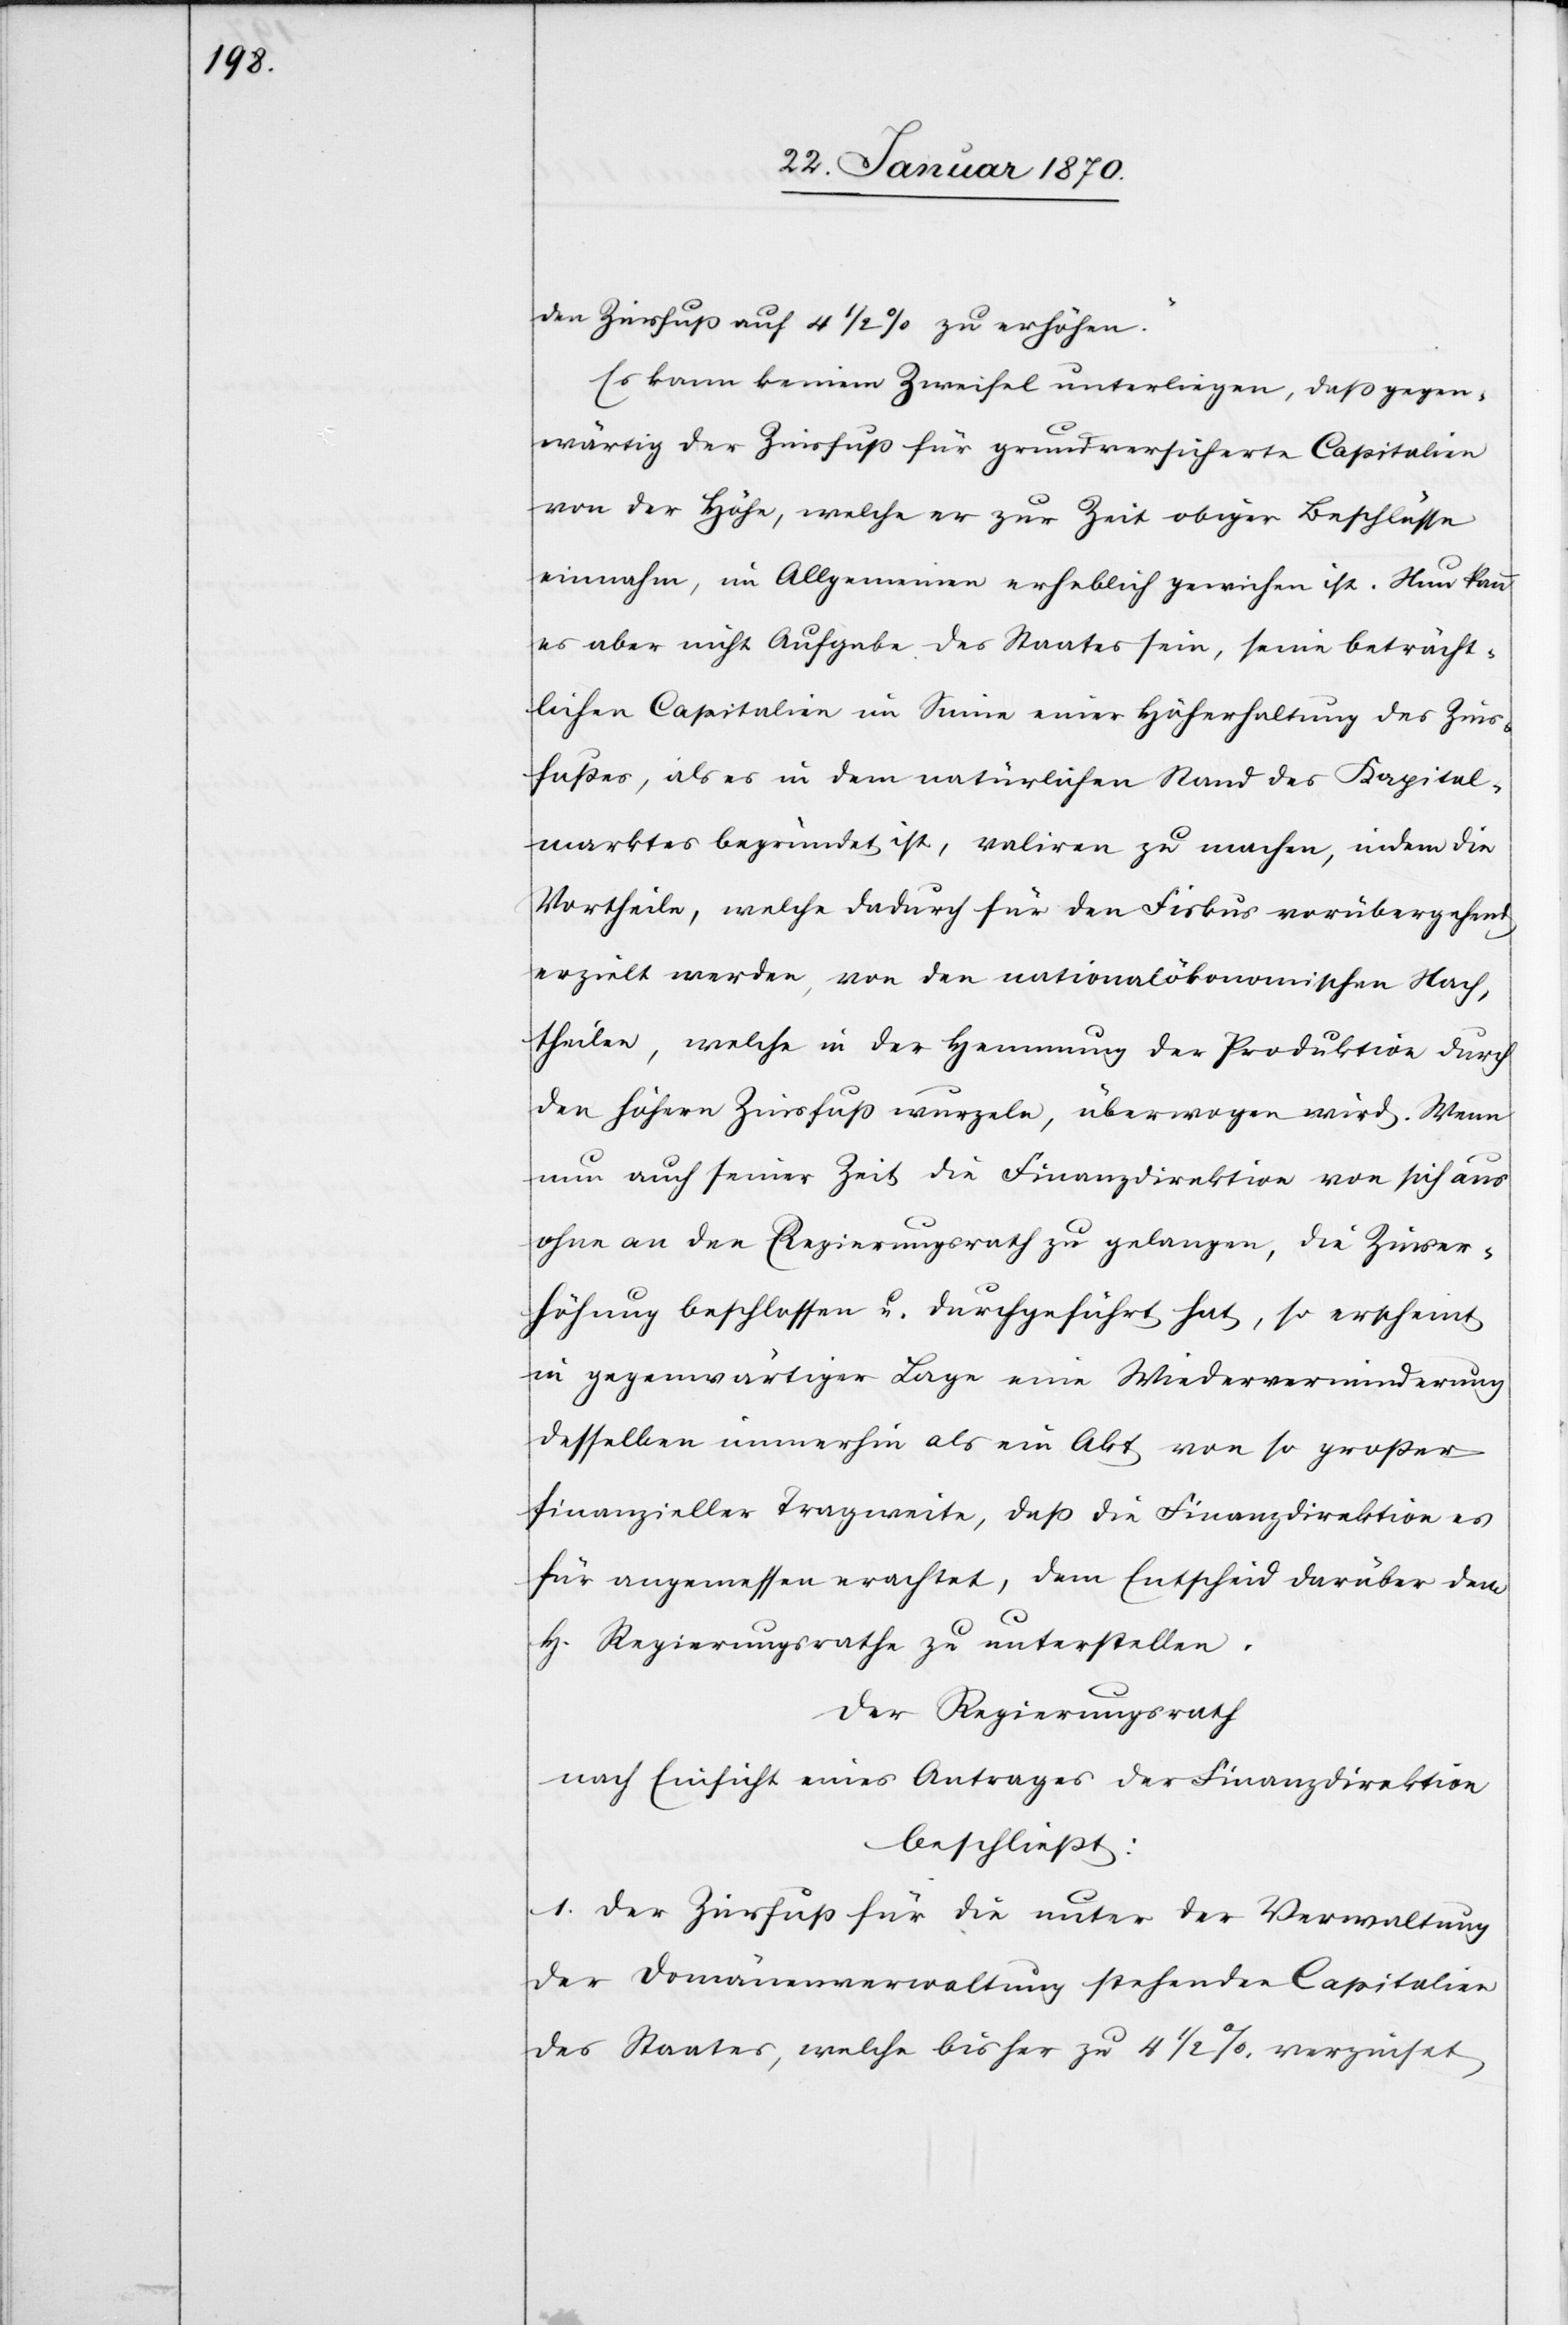
den Zinsfuß auf 4 1/2% zu erhöhen.“
Es kann keinem Zweifel unterliegen, daß gegen¬
wärtig der Zinsfuß für grundversicherte Capitalien
von der Höhe, welche er zur Zeit obiger Beschlüsse
einnahm, im Allgemeinen erheblich gewichen ist. Nun kann
es aber nicht Aufgabe des Staates sein, seine beträcht¬
lichen Capitalien im Sinne einer Höherhaltung des Zins¬
fußes, als es in dem natürlichen Stand des Kapital¬
marktes, begründet ist, valiren zu machen, indem die
Vortheile, welche dadurch für den Fiskus vorübergehend
erzielt werden, von den nationalökonomischen Nach¬
theilen, welche in der Hemmung der Produktion durch
den höhern Zinsfuß wurzeln, überwogen wird. Wenn
nun auch seiner Zeit die Finanzdirektion von sich aus
ohne an den Regierungsrath zu gelangen, die Zinser¬
höhung beschlossen u. durchgeführt hat, so erscheint
in gegenwärtiger Lage eine Wiederverminderung
desselben immerhin als ein Akt von so großer
finanzieller Tragweite, daß die Finanzdirektion es
für angemessen erachtet, dem [sic!] Entscheid darüber dem
H. Regierungsrath zu unterstellen.
Der Regierungsrath
nach Einsicht eines Antrages der Finanzdirektion
beschliesst:
1. Der Zinsfuß für die unter der Verwaltung
der Domänenverwaltung stehenden Capitalien
des Staates, welche bisher zu 4 1/2% verzinset